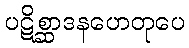
ပဋိစ္ဆာဒနဟေတုပေ